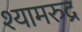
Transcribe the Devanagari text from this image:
श्यामरुद्र